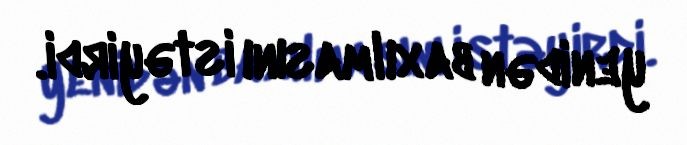
yenidən baxılmasını istəyirdi.